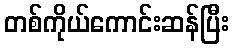
တစ်ကိုယ်ကောင်းဆန်ပြီး